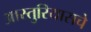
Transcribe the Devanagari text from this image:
आस्तुरियासचे